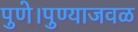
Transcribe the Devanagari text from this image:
पुणे।पुण्याजवळ